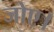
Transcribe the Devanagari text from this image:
जोए।